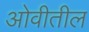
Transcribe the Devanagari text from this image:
ओवीतील